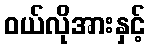
ဝယ်လိုအားနှင့်